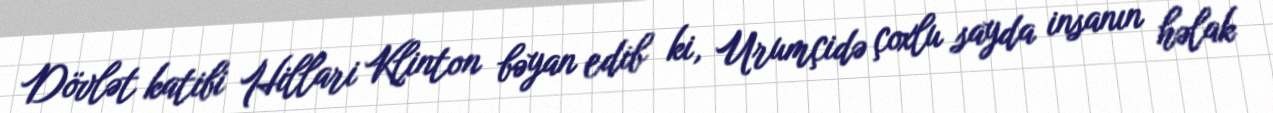
Dövlət katibi Hillari Klinton bəyan edib ki, Urumçidə çoxlu sayda insanın həlak